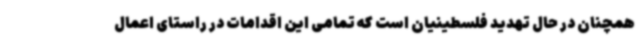
همچنان در حال تهدید فلسطینیان است که تمامی این اقدامات در راستای اعمال